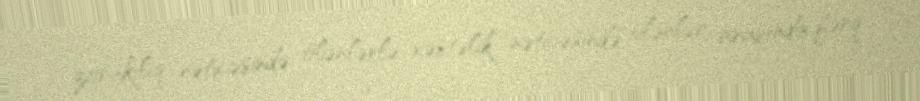
zorakılıq nəticəsində ölənlərlə xəstəlik nəticəsində ölənlər arasında fərq